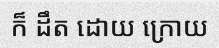
ក៏ ដឹត ដោយ ក្រោយ